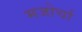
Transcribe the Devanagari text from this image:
मजोर्चा